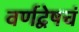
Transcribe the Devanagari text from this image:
वर्णद्वेषचं